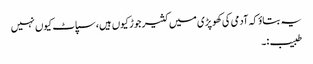
یہ بتاوٴ کہ آدمی کی کھوپڑی میں کثیر جوڑ کیوں ہیں،سپاٹ کیوں نہیں
طبیب:۔